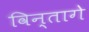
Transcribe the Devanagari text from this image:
विन्तागे